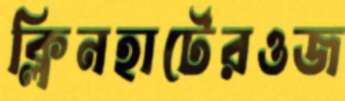
ক্লিনহার্টেরওজ